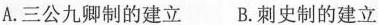
A.三公九卿制的建立 B.刺史制的建立